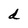
Character: d